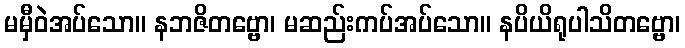
မမှီဝဲအပ်သော။ နဘဇိတဗ္ဗော၊ မဆည်းကပ်အပ်သော။ နပိယိရုပါသိတဗ္ဗော၊